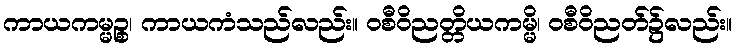
ကာယကမ္မဉ္စ၊ ကာယကံသည်လည်း။ ဝစီဝိညတ္တိယကမ္မိ၊ ဝစီဝိညတ်၌လည်း။